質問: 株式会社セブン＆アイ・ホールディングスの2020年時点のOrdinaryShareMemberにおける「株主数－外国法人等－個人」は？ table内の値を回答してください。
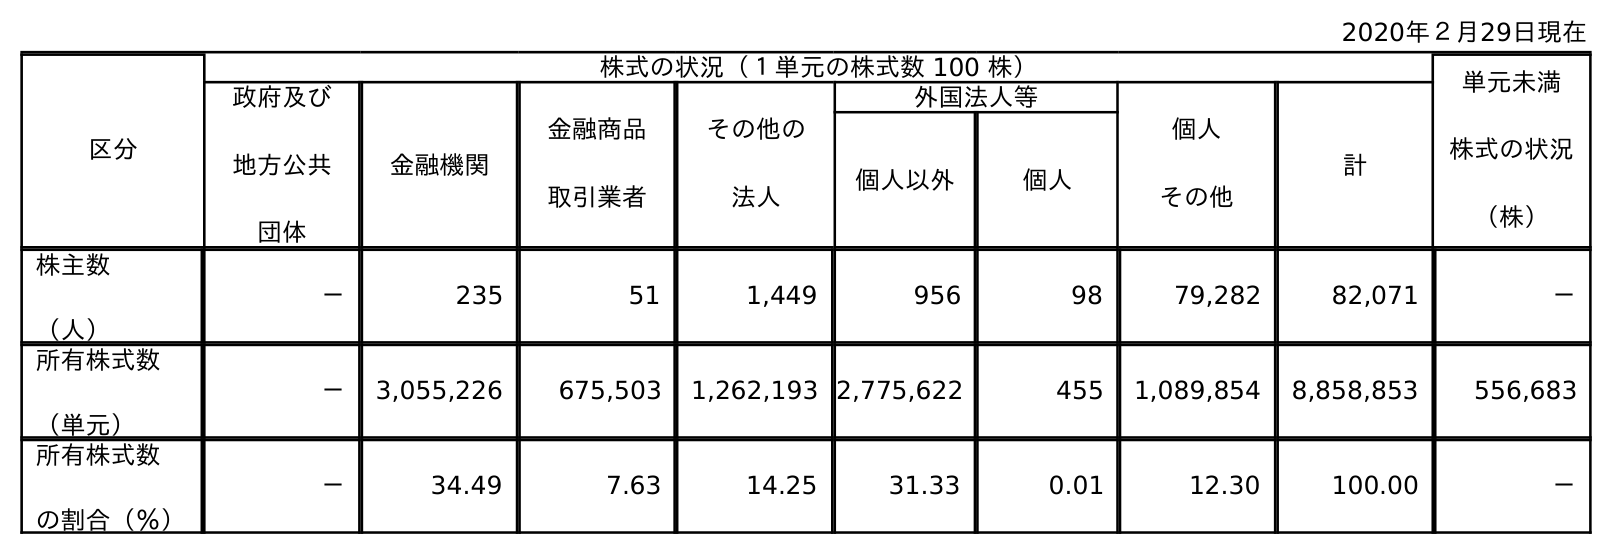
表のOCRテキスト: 2020年２月29日現在 区分 株式の状況（１単元の株式数 100 株） 単元未満 株式の状況 （株） 政府及び 地方公共 団体 金融機関 金融商品 取引業者 その他の 法人 外国法人等 個人 その他 計 個人以外 個人 株主数 （人） － 235 51 1,449 956 98 79,282 82,071 － 所有株式数 （単元） － 3,055,226 675,503 1,262,193 2,775,622 455 1,089,854 8,858,853 556,683 所有株式数 の割合（％） － 34.49 7.63 14.25 31.33 0.01 12.30 100.00 －
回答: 98